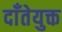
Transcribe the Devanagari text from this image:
दाँतेयुक्त